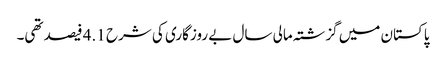
پاکستان میں گزشتہ مالی سال بے روزگاری کی شرح 4.1 فیصد تھی۔